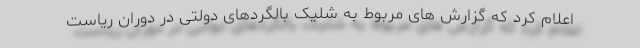
اعلام کرد که گزارش های مربوط به شلیک بالگردهای دولتی در دوران ریاست